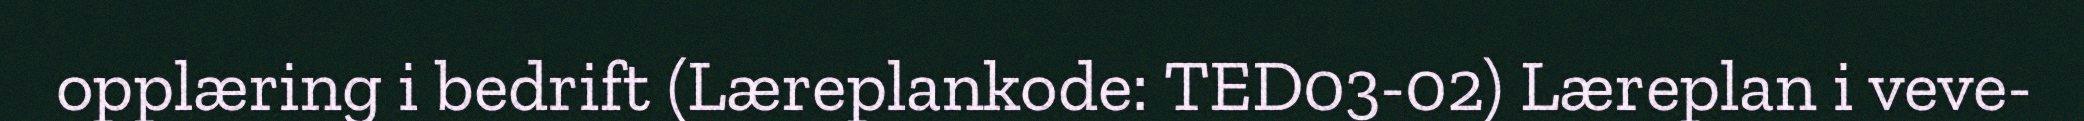
opplæring i bedrift (Læreplankode: TED03-02) Læreplan i veve-